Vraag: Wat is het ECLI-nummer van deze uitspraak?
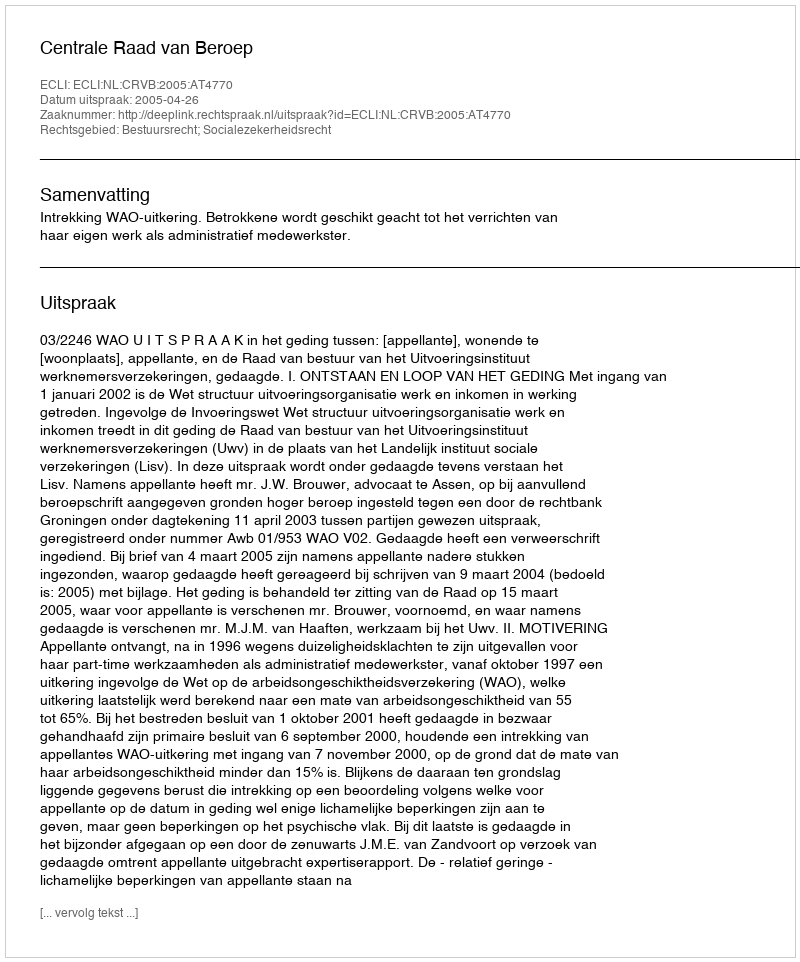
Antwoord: ECLI:NL:CRVB:2005:AT4770